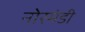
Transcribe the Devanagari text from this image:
नोरमंडी